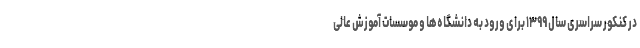
در کنکور سراسری سال ۱۳۹۹ برای ورود به دانشگاه‌ها و موسسات آموزش عالی